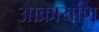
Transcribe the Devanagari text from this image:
आक्रायणि